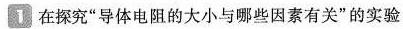
1 在探究”导体电阻的大小与哪些因素有关”的实验